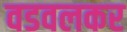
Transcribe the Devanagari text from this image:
वडवलकर